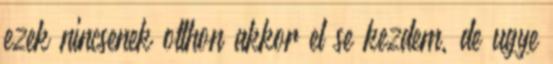
ezek nincsenek otthon akkor el se kezdem, de ugye